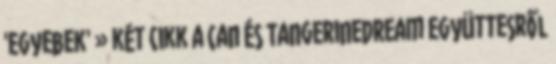
'Egyebek' » két cikk a Can és TangerineDream együttesről